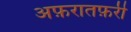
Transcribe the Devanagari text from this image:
अफ़रातफ़री